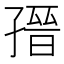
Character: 𡦌